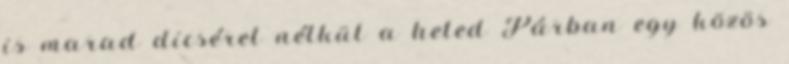
is marad dicséret nélkül a heted Párban egy közös